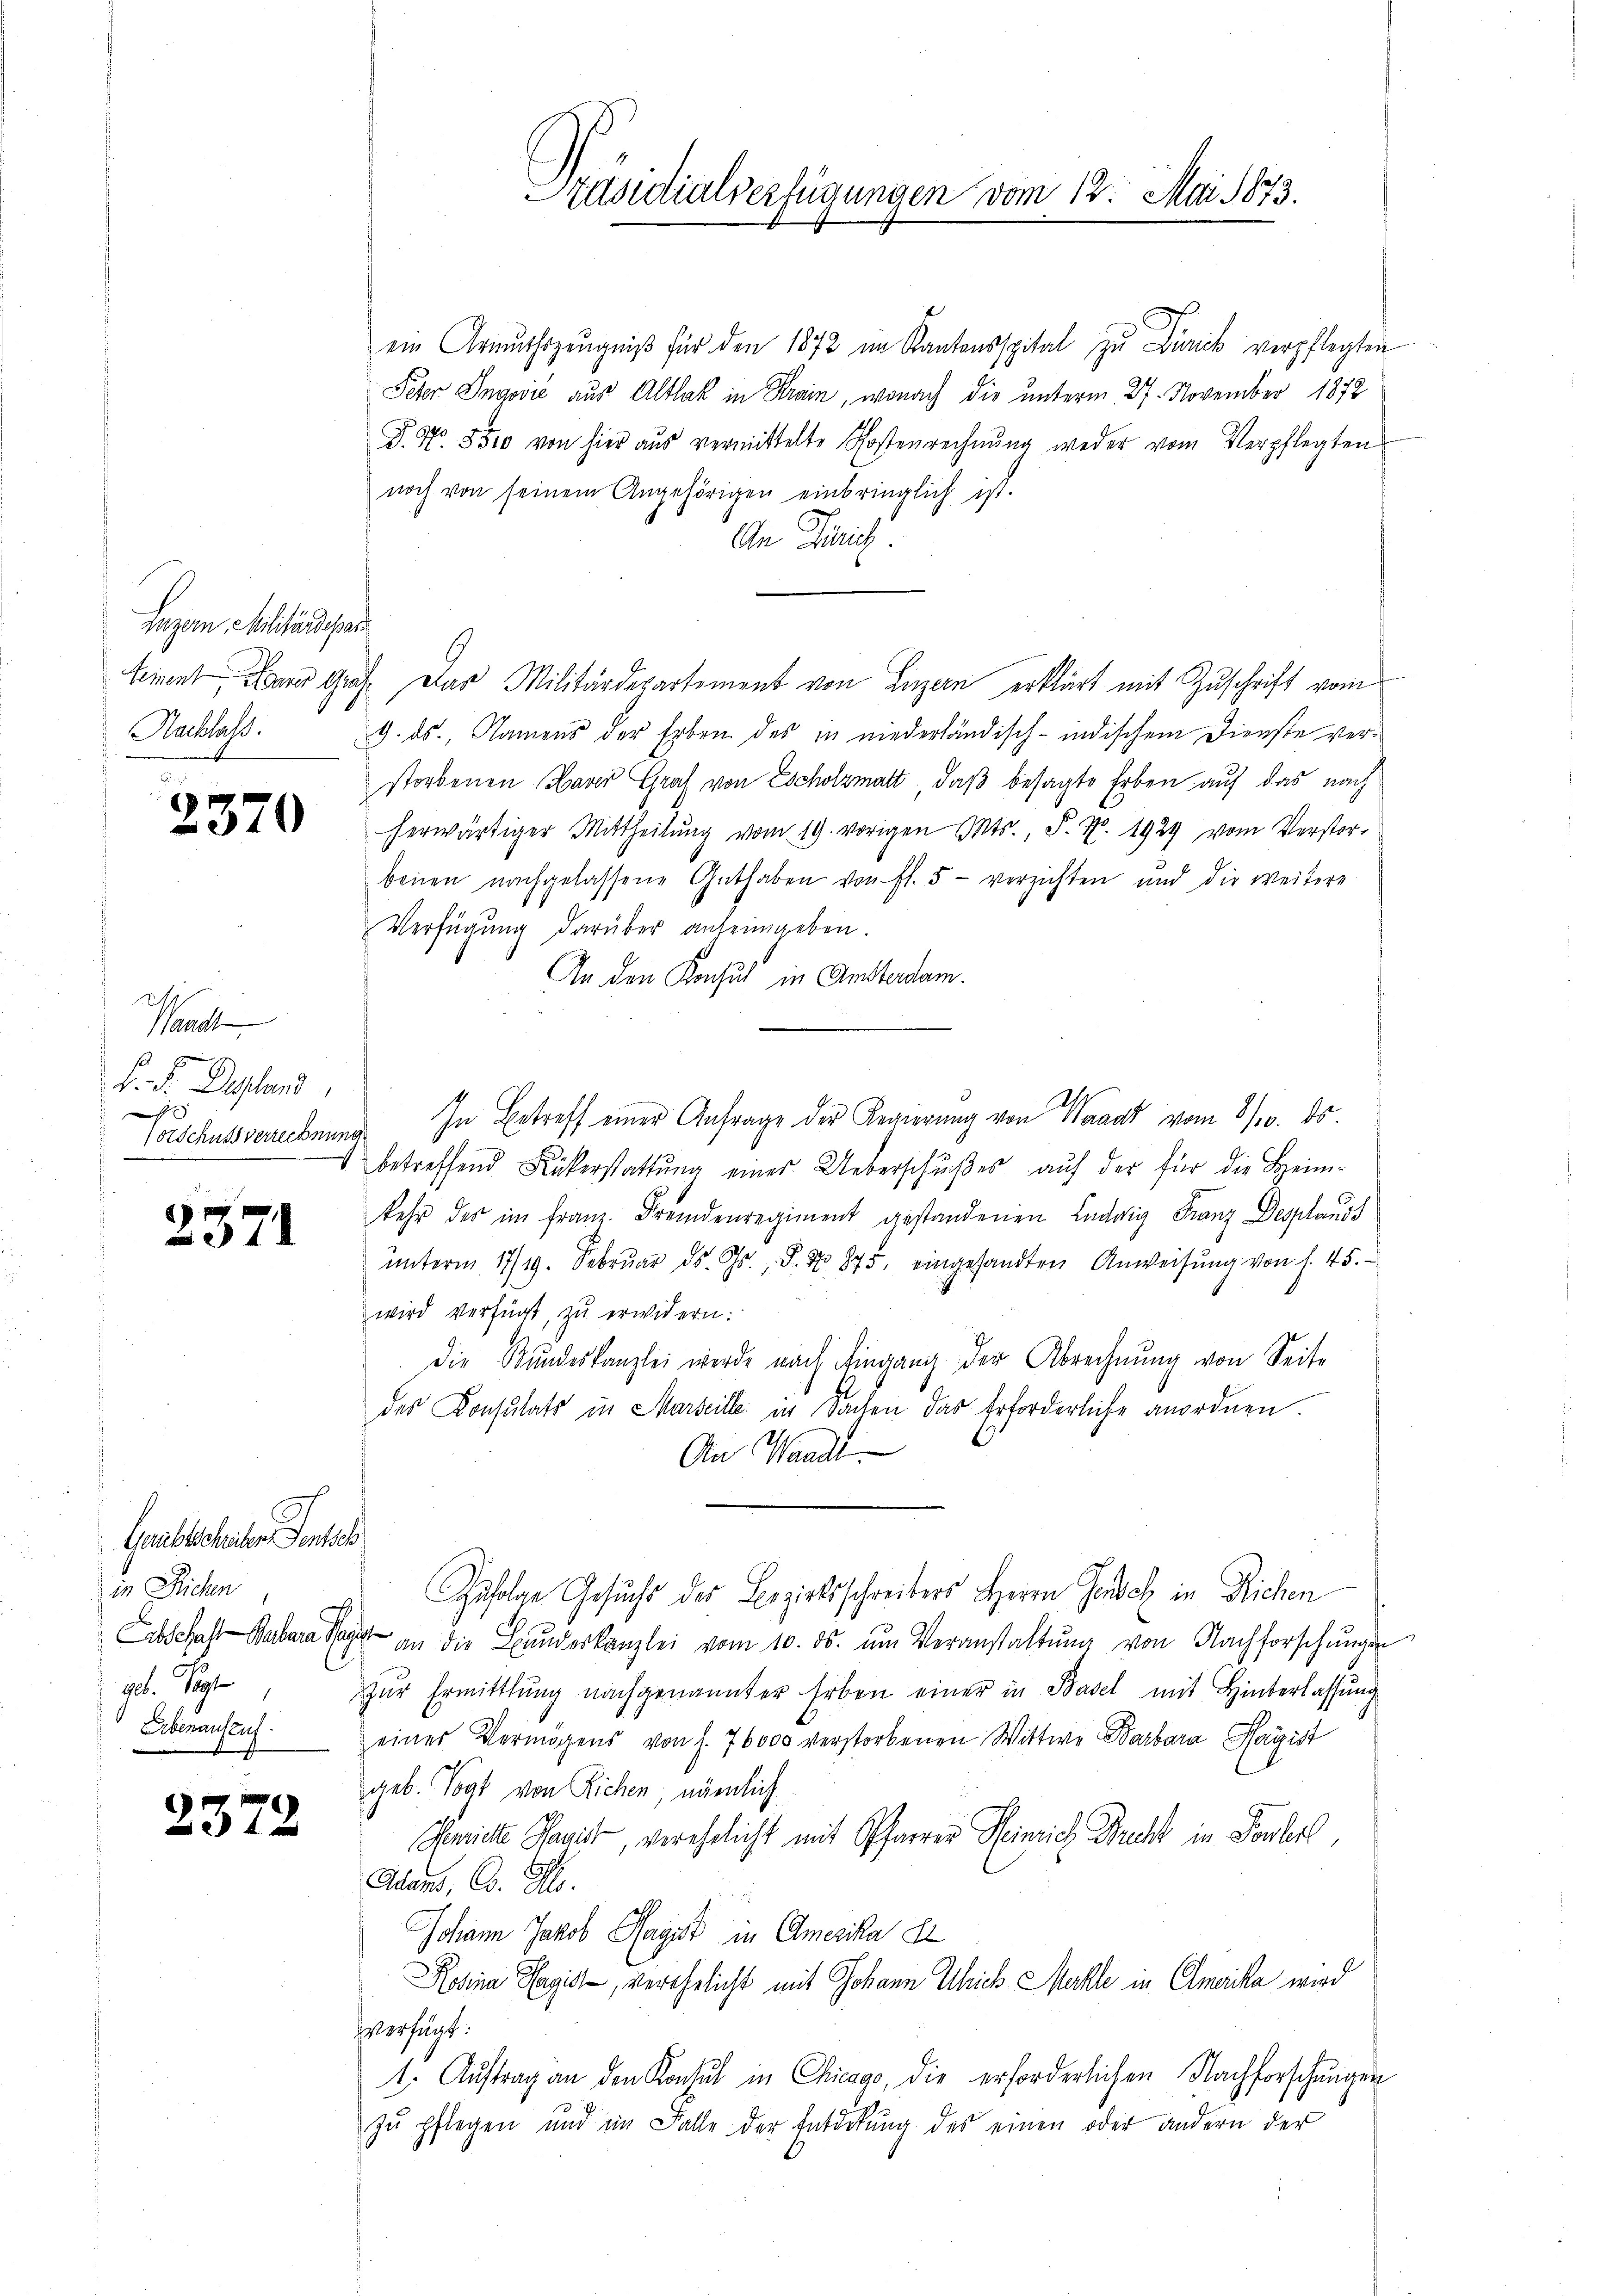
Luzern, Militärdepa
Seinent Heurer Gr
Nachlass.

2370

Mi
Pfand
6
F. S. Lessland

stschuss verrechnun
x

2371

Grubescheilen entsch
in Richen
Abschaft Barbara Pa
geb. Vogt
Erbenaufzuf

2372

Präsidialverfügungen vom 12. Mai 1873.

ein Armuthszeŭgniβ für den 1872 im Kantonsspital zu Dürick verpflegten
Feber Ingović aus Altlak in Krain, wonach die unterm 27. November 1872
P. Nr. 8510 von hier aus vermittelte Kostenrechnŭng weder vom Verpflegten
noch von seinem Angehörigen einbringlich ist.
.
An Gerich.
.
ah. Das Militärdepartement von Luzern erklärt mit Zuschrift vom
9. ds., Namens der Erben des in niederländisch-indischem Dienste verstorbenen Haver Graf von Escholzmatt, daß besagte Erben auf das nach
herwärtiger Mittheilŭng vom 19. vorigen Mts., S. Nr. 1929 vom Verstor-
benen nachgelassene Guthaben von fl. 5 - verzichten und die weitere
Verfügung darüber anheimgeben.
An den Konsul in Amsterdam.
In Betreff einer Anfrage der Regierung von Waadt vom 8/10. ds.
betreffend Rükerstattŭng eines Ueberschŭβer auf der für die Heim-
kehr des im franz. Fremdenregiment gestandenen Ludwig Franz Desplands
ŭnterm 17/19. Febrŭar ds. Gs., S. No. 875, eingesandten Anweisŭng von f. 45.
wird verfügt, zu erwidern:
Die Stŭndeskanzlei werde nach Eingang der Abrechnŭng von Seite
des Konsulats in Marseille in Sachen das Erforderliche anordnen.
An Wandl
Zufolge Gesuchs des Bezirksschreibers Herrn Gensch in Richen
ich
an die Bundeskanzlei vom 10. ds. ŭm Veranstaltung von Nachforschungen
zur Ermittlung nachgenannter Erben einer in Basel mit Hinterlassung
einer Vermögens von f. 76000 verstorbenen Wittwe Barbara Magist
geb. Vogt von Richen; nämlich
Geriche Sanit, verehelicht mit Pfarrer Heinrich Bruch in Sorteil,
Adams, C. Ms.
Johann Jakob Magist in Amerika El
Rosina Magist, verehelicht mit Johann Ulrich Mühle in Amaicka wird
verfügt:
1. Aŭftrag an den Kontul in Chicago, die erforderlichen Nachforschungen
zu pflegen und im Falle der Entdekung des einen oder andern der